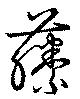
藤